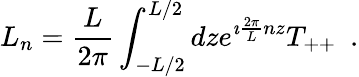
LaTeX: L_{n}={\frac{L}{2\pi}}\int_{-L/2}^{L/2}dze^{\imath{\frac{2\pi}{L}}nz}T_{++}~~.